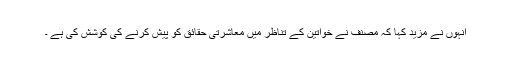
انہوں نے مزید کہا کہ مصنف نے خواتین کے تناظر میں معاشرتی حقائق کو پیش کرنے کی کوشش کی ہے ۔